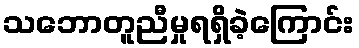
သဘောတူညီမှုရရှိခဲ့ကြောင်း